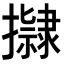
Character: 𭢿